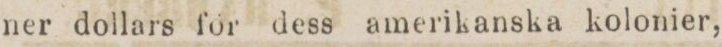
ner dollars för dess amerikanska kolonier,